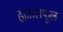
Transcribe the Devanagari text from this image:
हाऊसफूल